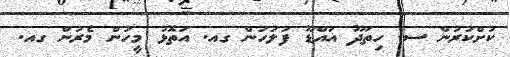
ކުށްކުރުން ސ. ހިތަދޫ އައްޑޫ ފުލުހުން ގއ. އަތޮޅު މީހުން މެރުން ގއ.